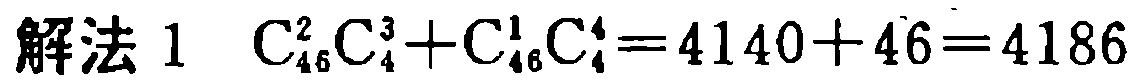
解法 1 $\mathrm{C}_{46}^{2}\mathrm{C}_{4}^{3}+\mathrm{C}_{46}^{1}\mathrm{C}_{4}^{4}=4140 + 46=4186$